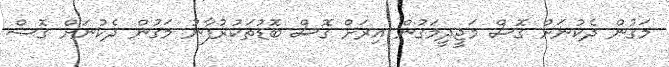
މަގުން ދެކުނަށް ގޮސް މަޖީދީމަގުން އިރަށް ގޮސް ބޮޑުތަކުރުފާނު މަގުން ދެކުނަށް ގޮސް